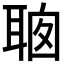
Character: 𦕻